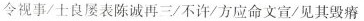
令视事/士良屡表陈诚再三/不许/方应命文宣/见其毁瘠